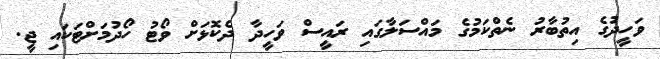
ވަހީދުގެ އިތުބާރު ނެތްކަމުގެ މައްސަލާގައި ރައީސް ވަހީދާ ދެކޮޅަށް ވޯޓު ހޯދުމަށްޓަކައި ޖީ.